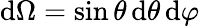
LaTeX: \mathrm{d}\Omega=\sin\theta\, \mathrm{d}\theta\, \mathrm{d}\varphi